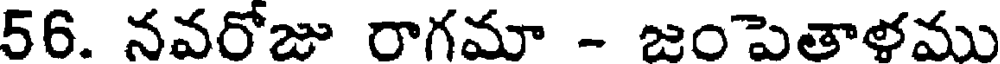
56. నవరోజు రాగమా - జంపెతాళము